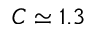
C \simeq 1 . 3